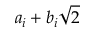
a _ { i } + b _ { i } { \sqrt { 2 } }